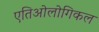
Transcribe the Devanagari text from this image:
एतिओलोगिकल